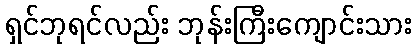
ရှင်ဘုရင်လည်း ဘုန်းကြီးကျောင်းသား